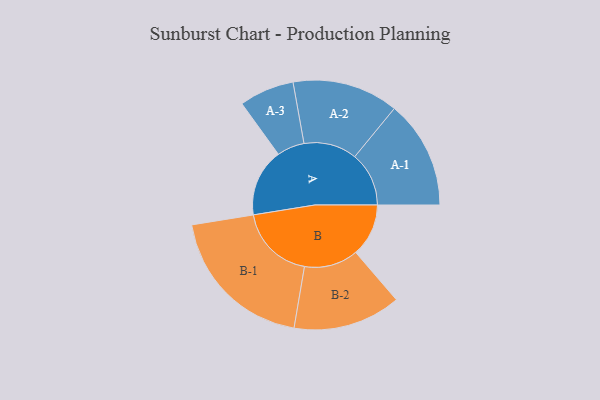
{"axis": {"x": "Segment", "y": "Value"}, "legend": ["", "A", "B"], "data": [{"x": "A", "y": 249, "type": ""}, {"x": "B", "y": 194, "type": ""}, {"x": "A-1", "y": 199, "type": "A"}, {"x": "A-2", "y": 195, "type": "A"}, {"x": "A-3", "y": 101, "type": "A"}, {"x": "B-1", "y": 280, "type": "B"}, {"x": "B-2", "y": 198, "type": "B"}]}